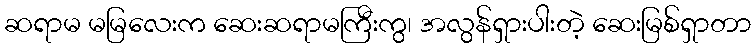
ဆရာမ မမြလေးက ဆေးဆရာမကြီးကွ၊ အလွန်ရှားပါးတဲ့ ဆေးမြစ်ရှာတာ